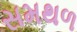
સમથળ